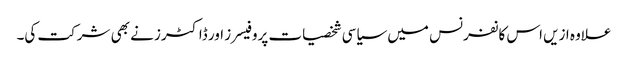
علاوہ ازیں اس کانفرنس میں سیاسی شخصیات پروفیسرز اور ڈاکٹرز نے بھی شرکت کی۔